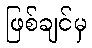
ဖြစ်ချင်မှ